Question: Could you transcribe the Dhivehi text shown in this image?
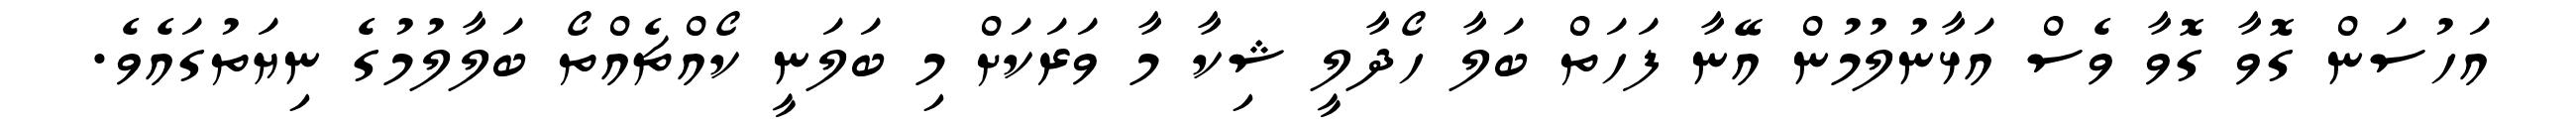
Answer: އަހުސަން ގޮވާ ގޮވާ ވެސް އަޅާނުލުމުން އޭނާ ފަހަތް ބަލާ ހޯދާލީ ޝިކާ މާ ވަރަކަށް މި ބަލަނީ ކޯއްޗެއްތޯ ބަލާލުމުގެ ނިޔަތުގައެވެ.